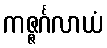
ကဇ္ဇင်္ဂလာယံ